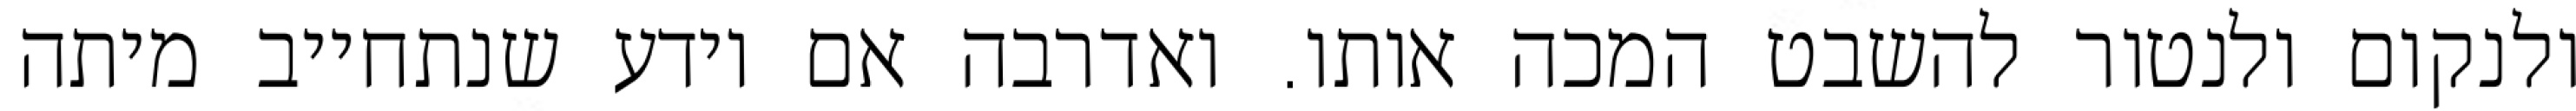
ולנקום ולנטור להשבט המכה אותו. ואדרבה אם יודע שנתחייב מיתה